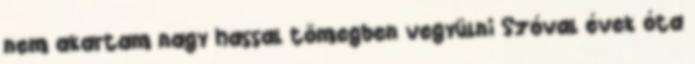
nem akartam nagy hassal tömegben vegyülni Szóval évek óta